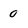
Character: 0